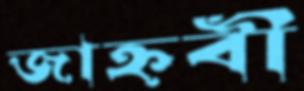
জাহ্নবী